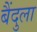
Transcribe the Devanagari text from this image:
बैंदुला